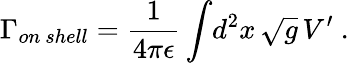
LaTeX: {\Gamma_{on\ shell}}={\frac{1}{4\pi\epsilon}}\int\! d^{2}x\, \sqrt{g}\, V^{\prime}\ .